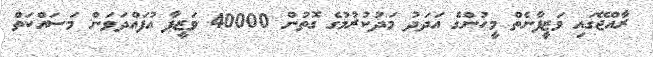
ރާއްޖޭގައި ވަޒީފާނެތް މީހުންގެ އަދަދު މަދުކުރުމުގެ ގޮތުން 40000 ވަޒީފާ އުފައްދަވަން މަސައްކަތް